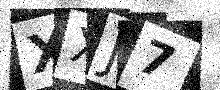
Text: XXJ7